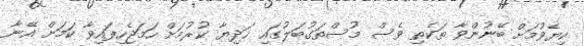
ކިޔެވުމަށް ބޭނުންވާ ތަކެތި ވެސް މުސްތަގުބަލުގައި ހަދިޔާ ކުރުމަށް ހަމަޖެހިފައިވާ ކަމަށް އޭނާ